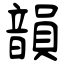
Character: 韻